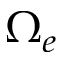
\Omega _ { e }